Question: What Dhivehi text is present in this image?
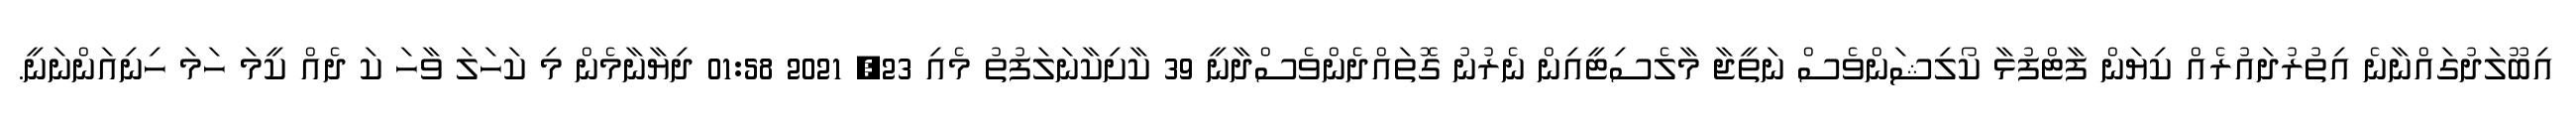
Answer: އިބޫލަދުގައްނާނެ އިތުރުދައުރެއް ކިޔަން ފާޓްފުޅާ ކޯލިޝަންވެސް ނަތީޖާ މާލެސިޓީއިން ނެރުނު ގޮތައްދެންވެސްދާނީ 39 ކާށިކާނަލަފުތު މެއި 23, 2021 01:58 ދިޔާނާމެން މި ކަހަލަ ވާހަ ކަ ދެއް ކީމަ ހަމަ ހިނިއަންނަނީ.